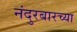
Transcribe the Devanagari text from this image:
नंदुरबारच्या